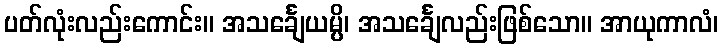
ပတ်လုံးလည်းကောင်း။ အသင်္ချေယမ္ပိ၊ အသင်္ချေလည်းဖြစ်သော။ အာယုကာလံ၊